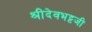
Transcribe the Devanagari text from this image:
श्रीदेवभट्टजी